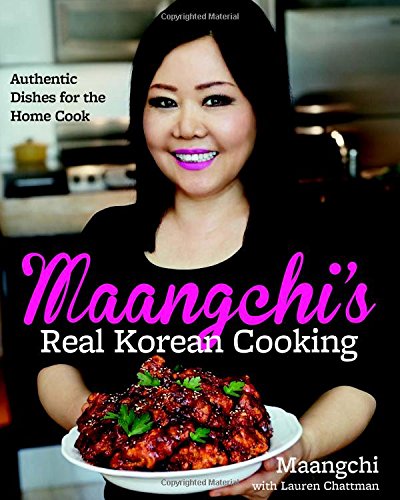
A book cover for Maangchi's Real Korean Cooking: Authentic Dishes for the Home Cook; Maangchi; Cookbooks, Food & Wine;